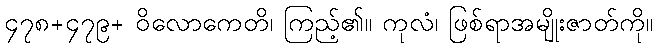
၄၇၈+၄၇၉+ ဝိလောကေတိ၊ ကြည့်၏။ ကုလံ၊ ဖြစ်ရာအမျိုးဇာတ်ကို။